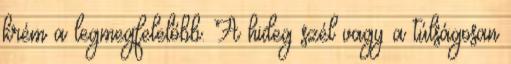
krém a legmegfelelőbb. A hideg szél vagy a túlságosan